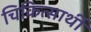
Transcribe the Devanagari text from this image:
चिकित्सार्थी